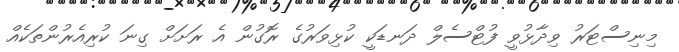
މިނިސްޓަރު ވިދާޅުވީ ފުޓްސެލް ދަނޑަކީ ކުޅިވަރުގެ ރޮގުން އެ ރަށަށް ގިނަ ކުރިއެރުންތަކެއް